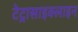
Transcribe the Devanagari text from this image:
टेट्रासाइक्लाइन